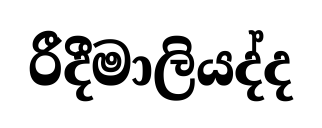
රීදීමාලියද්ද